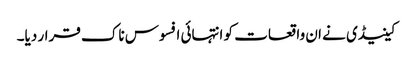
کینیڈی نے ان واقعات کو انتہائی افسوس ناک قرار دیا۔